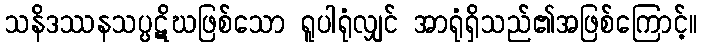
သနိဒဿနသပ္ပဋိဃဖြစ်သော ရူပါရုံလျှင် အာရုံရှိသည်၏အဖြစ်ကြောင့်။